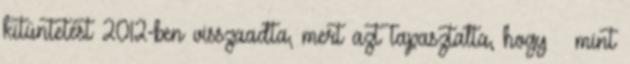
kitüntetést 2012-ben visszaadta, mert azt tapasztalta, hogy – mint